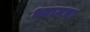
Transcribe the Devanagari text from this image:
ध्यानचा